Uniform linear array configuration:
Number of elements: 12
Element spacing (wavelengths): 0.75
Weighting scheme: binomial
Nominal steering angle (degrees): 45
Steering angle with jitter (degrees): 44.335
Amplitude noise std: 0.05
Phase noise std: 0.05

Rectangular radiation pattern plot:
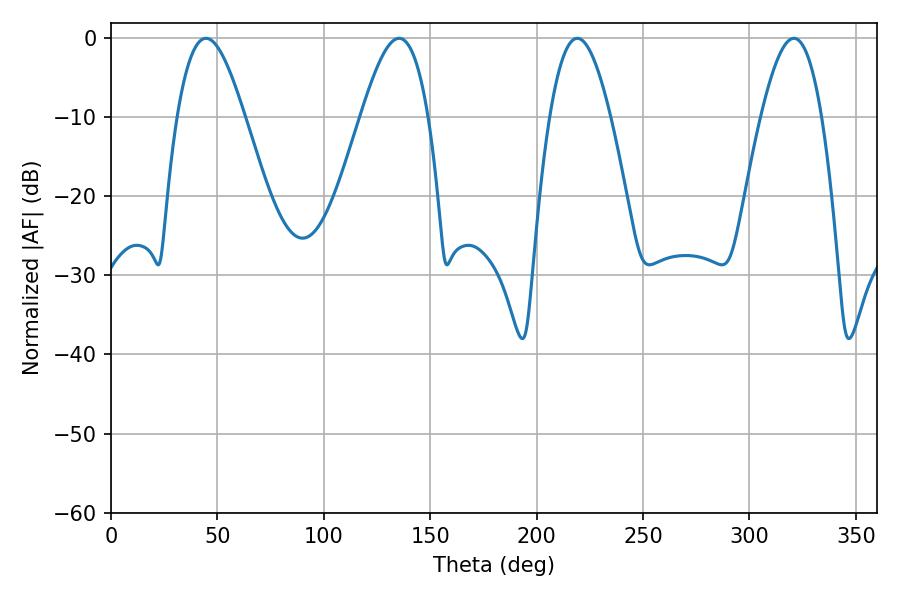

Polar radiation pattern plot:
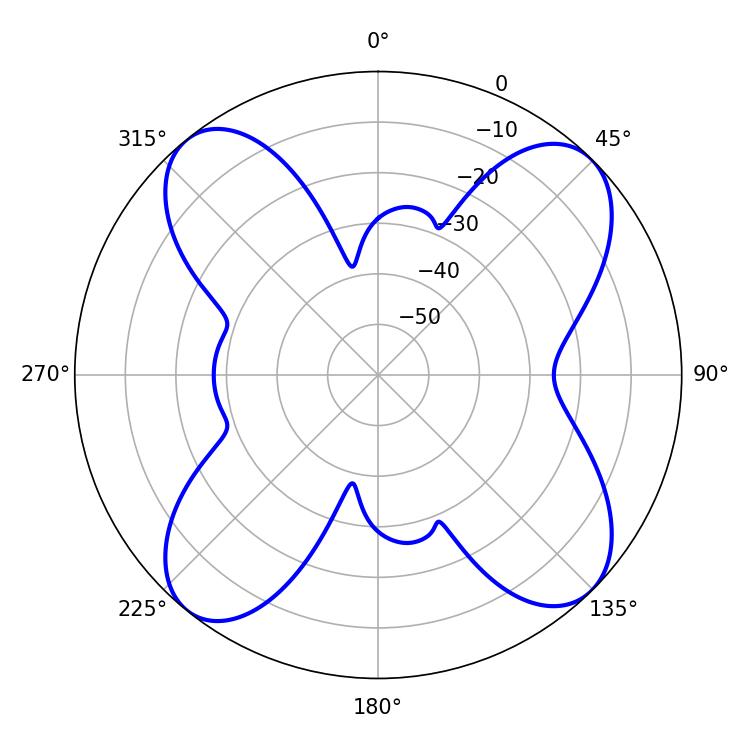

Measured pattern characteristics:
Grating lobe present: TRUE
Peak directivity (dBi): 13.329
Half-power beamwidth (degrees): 17.1
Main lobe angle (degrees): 44.64